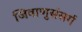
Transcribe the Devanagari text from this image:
जिवाणुसंसर्ग